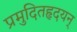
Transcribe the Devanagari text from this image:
प्रमुदितहृदयन्